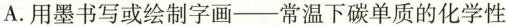
A. 用墨书写或绘制字画---常温下碳单质的化学性